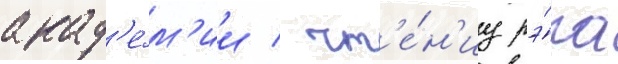
акад'е́м'ии / чт'е́н'иу рэ́па